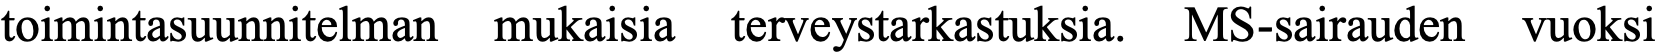
toimintasuunnitelman mukaisia terveystarkastuksia. MS-sairauden vuoksi